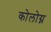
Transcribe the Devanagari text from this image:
कोलोग्न